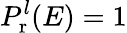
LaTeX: P_{\mathrm{r}}^{l}(E)=1